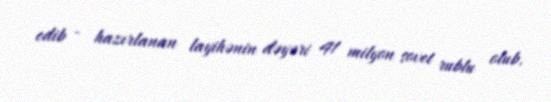
edib - hazırlanan layihənin dəyəri 41 milyon sovet rublu olub.